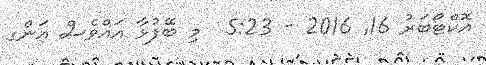
އޮކްޓޯބަރު 16